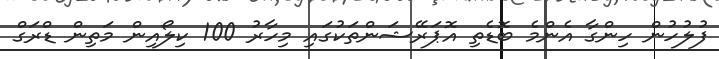
ފުލުހުން ހިންގާ އެންމެ ބޮޑެތި އޮޕަރޭޝަންތަކުގައި މިހާރު 100 ކިލޯއިން މަތިން ޑްރަގް